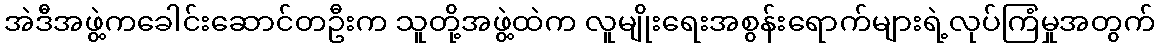
အဲဒီအဖွဲ့ကခေါင်းဆောင်တဦးက သူတို့အဖွဲ့ထဲက လူမျိုးရေးအစွန်းရောက်များရဲ့လုပ်ကြံမှုအတွက်